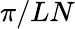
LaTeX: \pi/LN